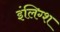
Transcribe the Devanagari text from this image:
इंलिग्श